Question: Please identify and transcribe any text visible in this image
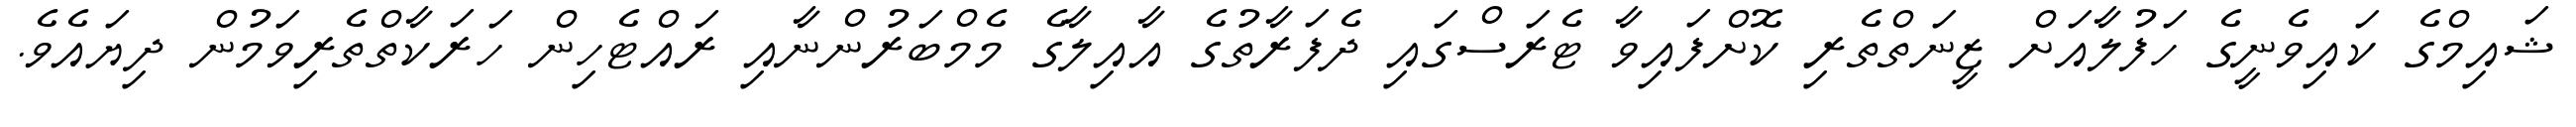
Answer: ޝައިމްގެ ކައިވެނީގެ ހަފުލާއަށް ޒީނަތްތެރި ކޮށްފައިވާ ޓެރަސްގައި ދެފަރާތުގެ އާއިލާގެ މެމްބަރުންނާއި ރައްޓެހިން ހަރަކާތްތެރިވަމުން ދިޔައެވެ.